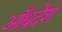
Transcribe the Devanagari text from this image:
आँध्रदेश